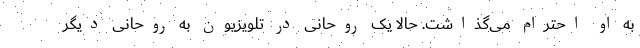
به او احترام می‌گذاشت. حالا یک روحانی در تلویزیون به روحانی دیگر